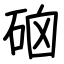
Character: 硇